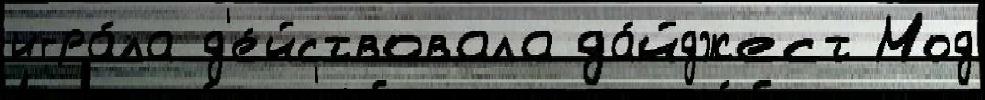
игра́ла д'е́йствовала да́йджест Мод